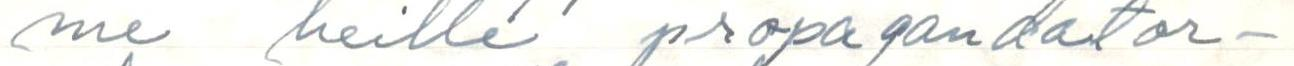
me heille propagandatar-